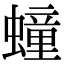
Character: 𧑆